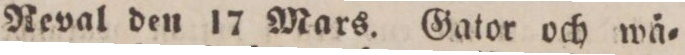
Reval den 17 Mars. Gator och wä=